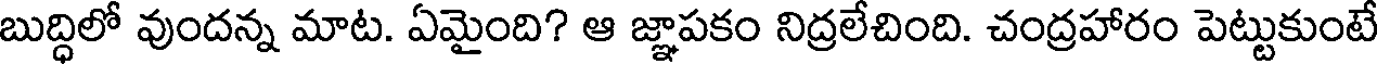
బుద్ధిలో వుందన్న మాట. ఏమైంది? ఆ జ్ఞాపకం నిద్రలేచింది. చంద్రహారం పెట్టుకుంటే